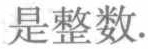
是整数.